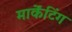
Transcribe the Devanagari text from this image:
मार्केंटिंग